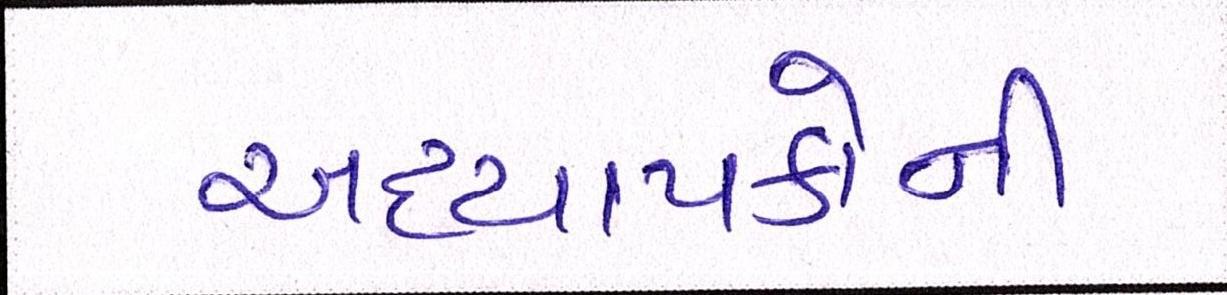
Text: અધ્યાપકોની